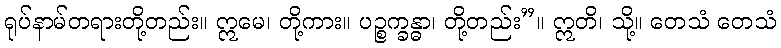
ရုပ်နာမ်တရားတို့တည်း။ ဣမေ၊ တို့ကား။ ပဉ္စက္ခန္ဓာ၊ တို့တည်း”။ ဣတိ၊ သို့။ တေသံ တေသံ